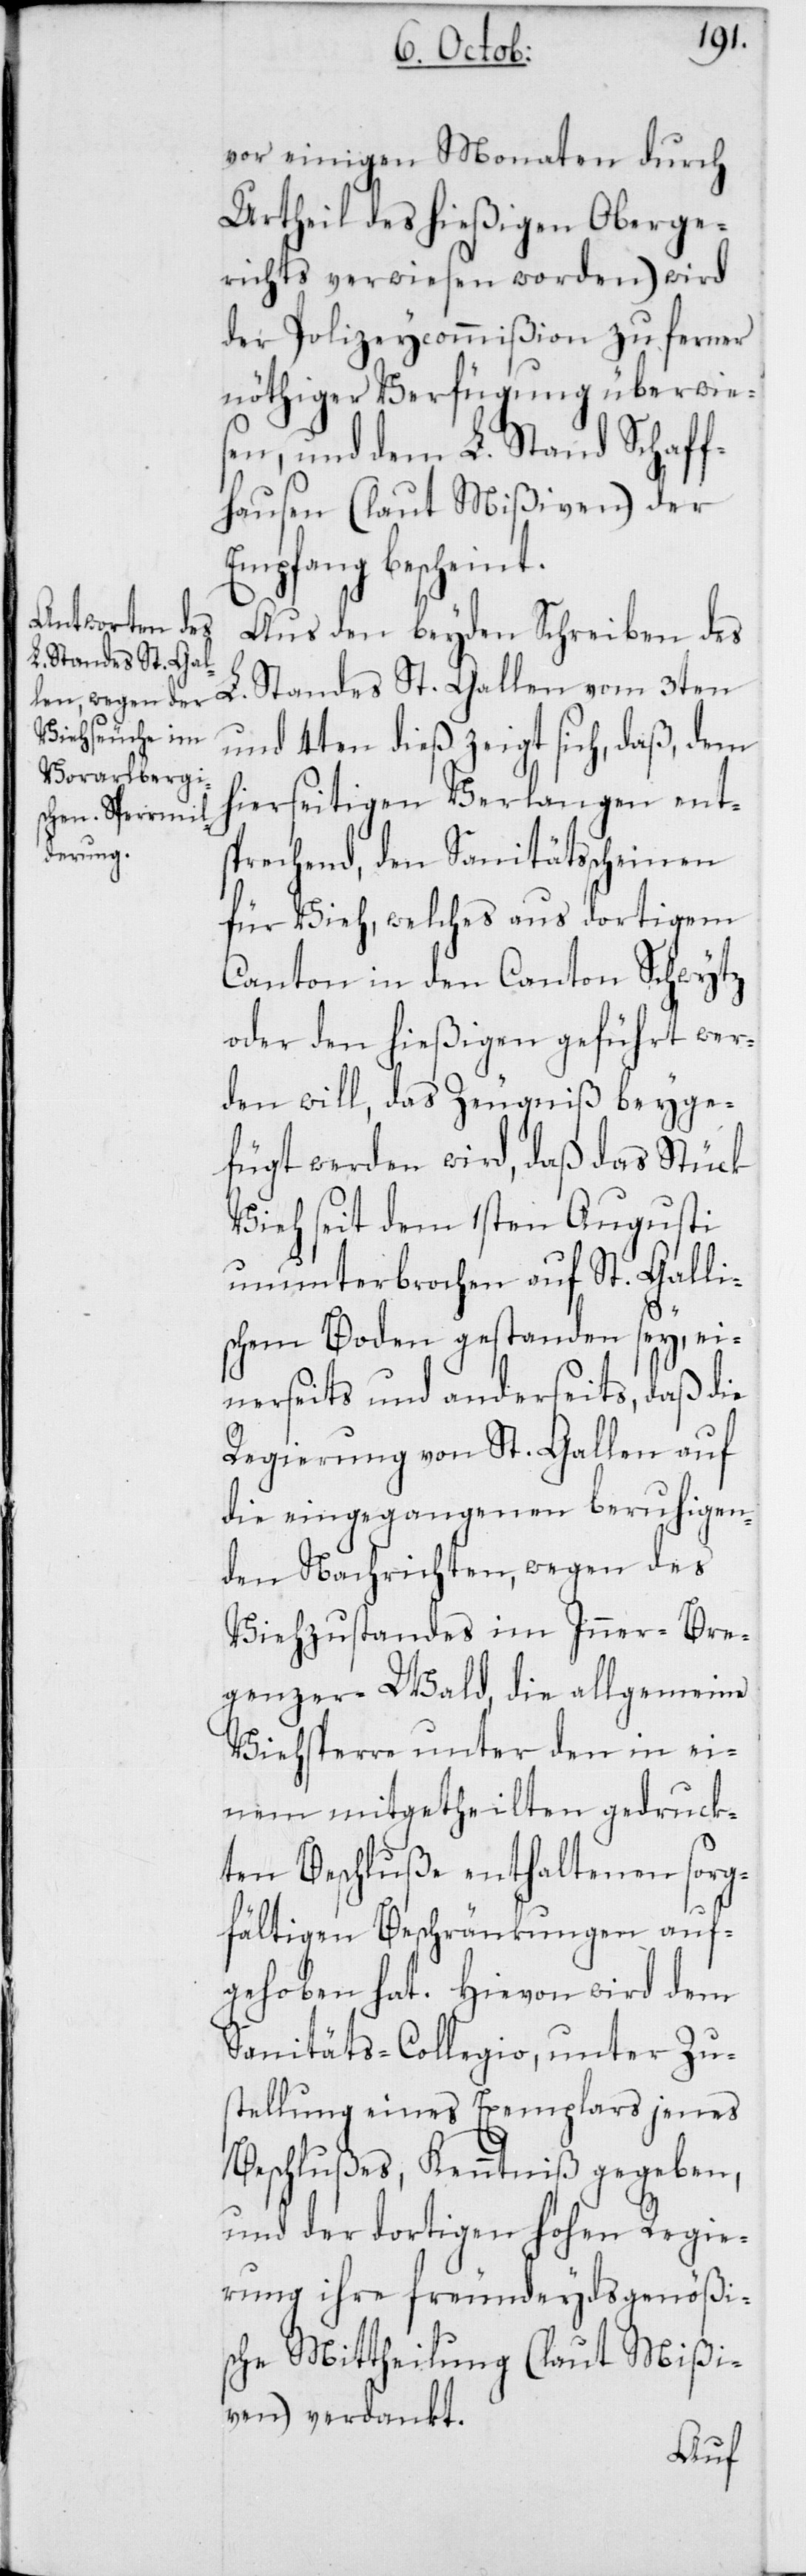
vor einigen Monaten durch
Urtheil des hießigen Oberge¬
richts verwiesen worden) wird
der Polizeycommißion zu fernerer
nöthiger Verfügung überwie¬
sen, und dem L. Stand Schaff¬
hausen (laut Mißiven) der
Empfang bescheint.
Aus den beyden Schreiben des
L. Standes St. Gallen vom 3ten
und 4ten dieß zeigt sich, daß, dem
hierseitigen Verlangen ent¬
sprechend, den Sanitätsscheinen
für Vieh, welches aus dortigem
Canton in den Canton Schwytz
oder den hießigen geführt wer¬
den will, das Zeugniß beyge¬
fügt werden wird, daß das Stück
Vieh seit dem 1sten Augusti
ununterbrochen auf St. Galli¬
schem Boden gestanden sey, ei¬
nerseits und anderseits, daß die
Regierung von St. Gallen auf
die eingegangenen beruhigen¬
den Nachrichten, wegen des
Viehzustandes im Inner-Bre¬
genzer-Wald, die allgemeine
Viehsperre unter den in ei¬
nem mitgetheilten gedruck¬
ten Beschluße enthaltenen sorg¬
fältigen Beschränkungen auf¬
gehoben hat. Hievon wird dem
Sanitäts-Collegio, unter Zu¬
stellung eines Exemplars jenes
Beschlußes, Kenntniß gegeben,
und der dortigen hohen Regie¬
rung ihre freundeydsgenößi¬
sche Mittheilung (laut Mißi¬
ven) verdankt.